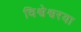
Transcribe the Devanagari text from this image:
विश्वेश्वरया